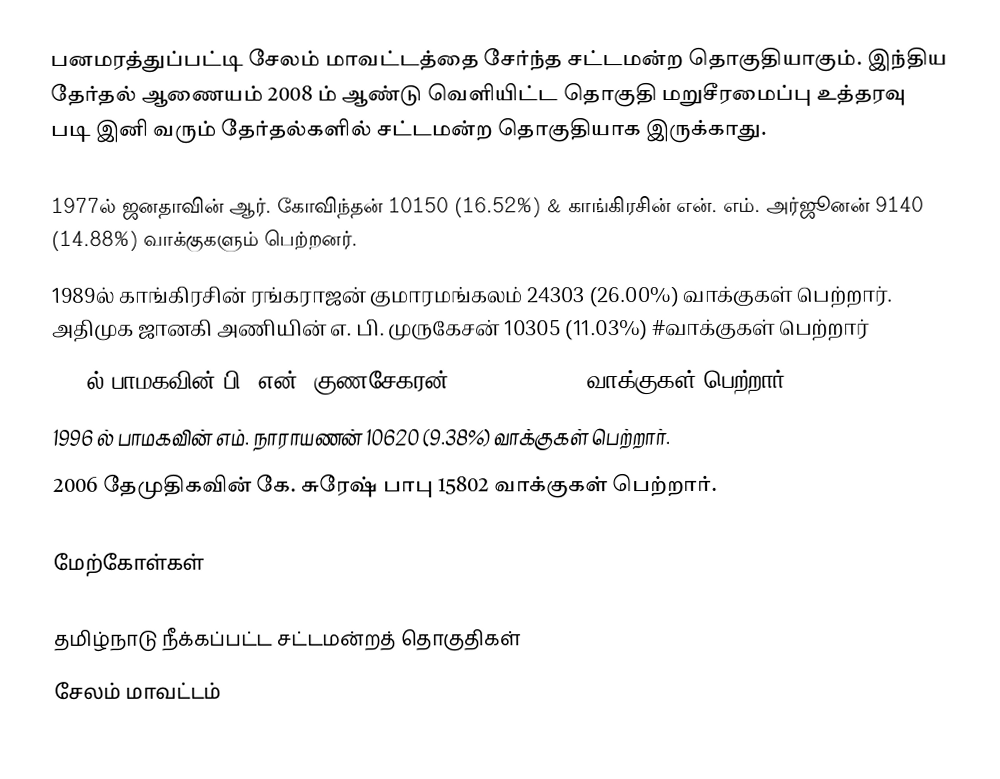
பனமரத்துப்பட்டி சேலம் மாவட்டத்தை சேர்ந்த சட்டமன்ற தொகுதியாகும். இந்திய தேர்தல் ஆணையம் 2008 ம் ஆண்டு வெளியிட்ட தொகுதி மறுசீரமைப்பு உத்தரவு படி இனி வரும் தேர்தல்களில் சட்டமன்ற தொகுதியாக இருக்காது.

1977ல் ஜனதாவின் ஆர். கோவிந்தன் 10150 (16.52%) & காங்கிரசின் என். எம். அர்ஜூனன் 9140 (14.88%) வாக்குகளும் பெற்றனர்.
1989ல் காங்கிரசின் ரங்கராஜன் குமாரமங்கலம் 24303 (26.00%) வாக்குகள் பெற்றார். அதிமுக ஜானகி அணியின் எ. பி. முருகேசன் 10305 (11.03%) #வாக்குகள் பெற்றார்
1991ல் பாமகவின் பி. என். குணசேகரன் 10417 (10.28%) வாக்குகள் பெற்றார்.
1996 ல் பாமகவின் எம். நாராயணன் 10620 (9.38%) வாக்குகள் பெற்றார்.
2006 தேமுதிகவின் கே. சுரேஷ் பாபு 15802 வாக்குகள் பெற்றார்.

மேற்கோள்கள்

தமிழ்நாடு நீக்கப்பட்ட சட்டமன்றத் தொகுதிகள்
சேலம் மாவட்டம்